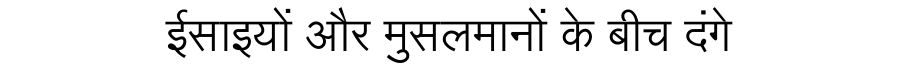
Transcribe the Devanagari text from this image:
ईसाइयों और मुसलमानों के बीच दंगे